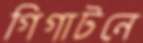
গিগাটনে